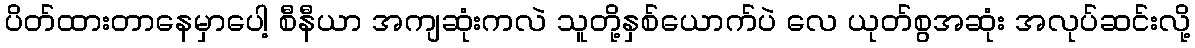
ပိတ်ထားတာနေမှာပေါ့ စီနီယာ အကျဆုံးကလဲ သူတို့နှစ်ယောက်ပဲ လေ ယုတ်စွအဆုံး အလုပ်ဆင်းလို့